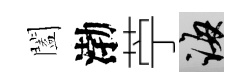
闔渤苧誨